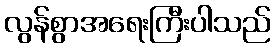
လွန်စွာအရေးကြီးပါသည်